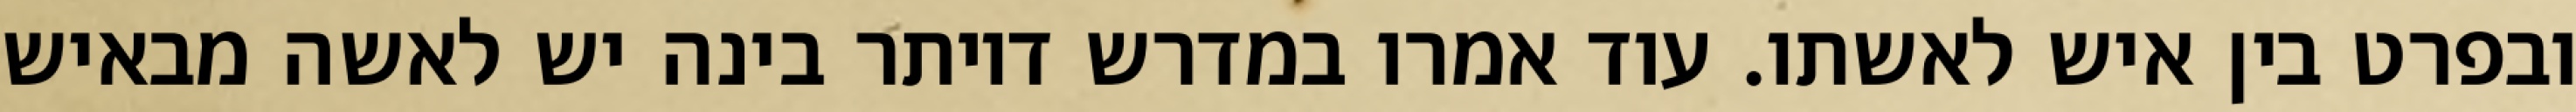
ובפרט בין איש לאשתו. עוד אמרו במדרש דיותר בינה יש לאשה מבאיש